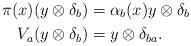
LaTeX: \begin{align*}\pi(x)(y \otimes \delta_{b})&=\alpha_{b}(x)y \otimes \delta_{b} \\V_{a}(y \otimes \delta_{b})&=y \otimes \delta_{ba}. \end{align*}